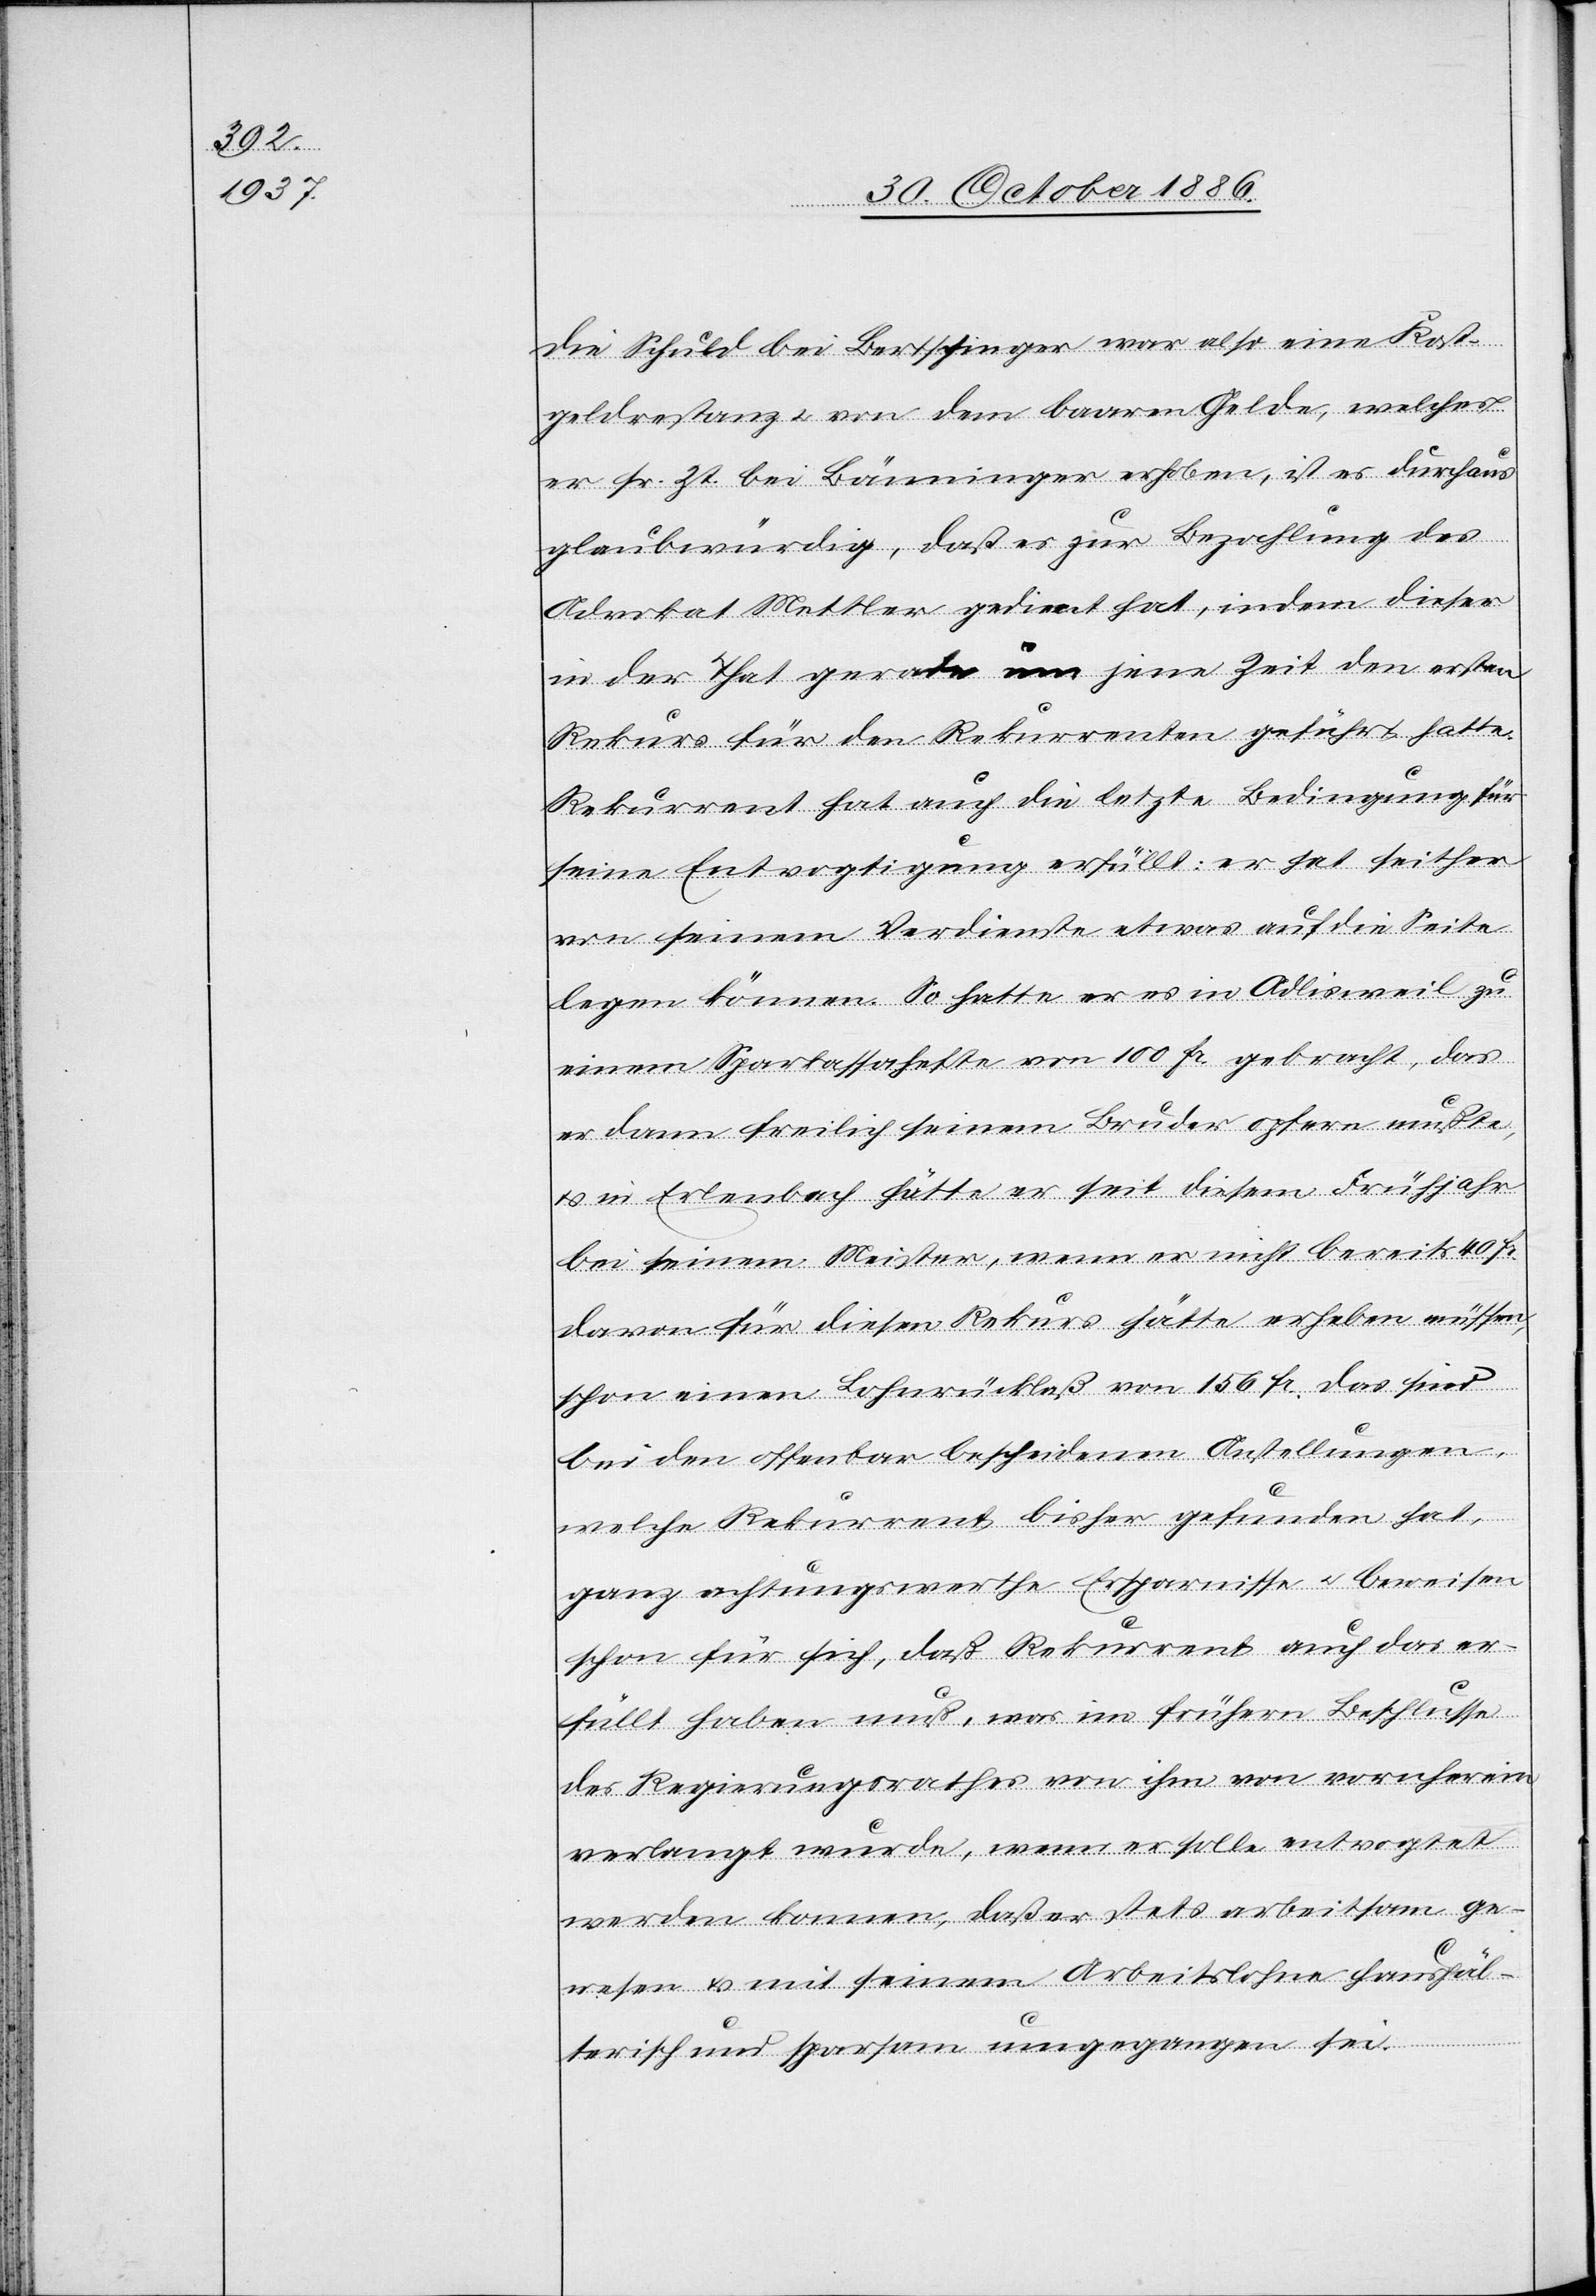
Die Schuld bei Bertschinger war also eine Kost¬
geldrestanz & von dem baaren Gelde, welches
er sr. Zt. bei Bänninger erhoben, ist es durchaus
glaubwürdig, daß es zur Bezahlung des
Advokat Mettler gedient hat, indem dieser
in der That gerade um jene Zeit den ersten
Rekurs für den Rekurrenten geführt hatte.
Rekurrent hat auch die letzte Bedingung für
seine Entvogtigung erfüllt: er hat seither
von seinem Verdienste etwas auf die Seite
legen können. So hatte er es in Adlisweil zu
einem Sparkassahefte von 100 Fr. gebracht, das
er dann freilich seinem Bruder opfern mußte,
& in Erlenbach hätte er seit diesem Frühjahr
bei seinem Meister, wenn er nicht bereits 40
davon für diesen Rekurs hätte erheben müssen,
schon einen Lohnrücklaß von 156 Fr. Das sind
bei den offenbar bescheidenen Anstellungen,
welche Rekurrent bisher gefunden hat,
ganz achtungswerthe Ersparnisse & beweisen
schon für sich, daß Rekurrent auch das er¬
füllt haben muß, was im frühern Beschlusse
des Regierungsrathes von ihm von vornherein
verlangt wurde, wenn er solle entvogtet
werden konnen [sic!], daß er stets arbeitsam ge¬
wesen & mit seinem Arbeitslohne haushäl¬
terisch und sparsam umgegangen sei.